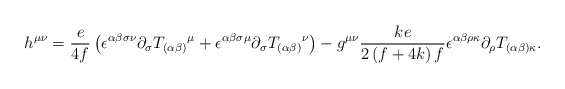
\begin{align*}h^{\mu \nu }=\frac{e}{4f}\left( \epsilon ^{\alpha \beta \sigma\nu }\partial _{\sigma }T_{(\alpha \beta )}{}^{\mu }+\epsilon^{\alpha \beta \sigma \mu }\partial _{\sigma }T_{(\alpha \beta)}{}^{\nu }\right) -g^{\mu \nu }\frac{ke }{2\left( f+4k\right)f}\epsilon ^{\alpha \beta \rho \kappa }\partial _{\rho}T_{(\alpha \beta )\kappa }. \end{align*}